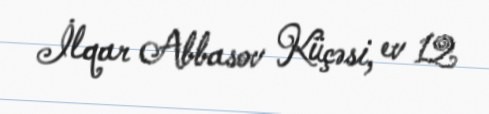
İlqar Abbasov Küçəsi, ev 12